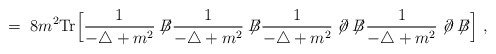
\begin{align*}= \; 8m^2 \mbox{Tr} \Big[\frac{1}{-\triangle + m^2} \not{\!\!B}\frac{1}{-\triangle + m^2} \not{\!\!B}\frac{1}{-\triangle + m^2} \not{\!\partial} \not{\!\!B}\frac{1}{-\triangle + m^2} \not{\!\partial} \not{\!\!B}\Big] \; ,\end{align*}